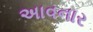
અાવનાર